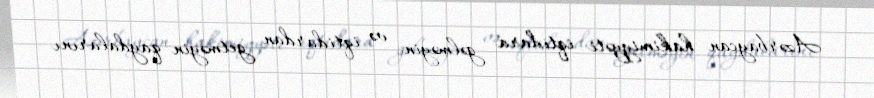
Azərbaycan hakimiyyəti iqtidara gəlməyin və iqtidardan getməyin qaydalarını